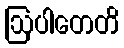
ဩပါတေတိ